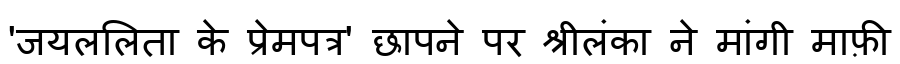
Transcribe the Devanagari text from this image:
'जयललिता के प्रेमपत्र' छापने पर श्रीलंका ने मांगी माफ़ी